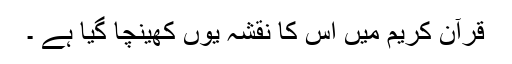
قرآن کریم میں اس کا نقشہ یوں کھینچا گیا ہے ۔